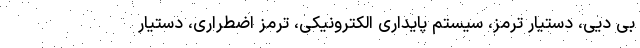
بی دیی، دستیار ترمز، سیستم پایداری الکترونیکی، ترمز اضطراری، دستیار